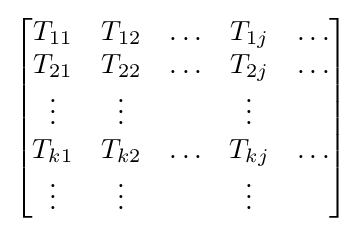
{\begin{bmatrix}T_{11}&T_{12}&\ldots &T_{1j}&\ldots \\T_{21}&T_{22}&\ldots &T_{2j}&\ldots \\\vdots &\vdots &&\vdots \\T_{k1}&T_{k2}&\ldots &T_{kj}&\ldots \\\vdots &\vdots &&\vdots \end{bmatrix}}